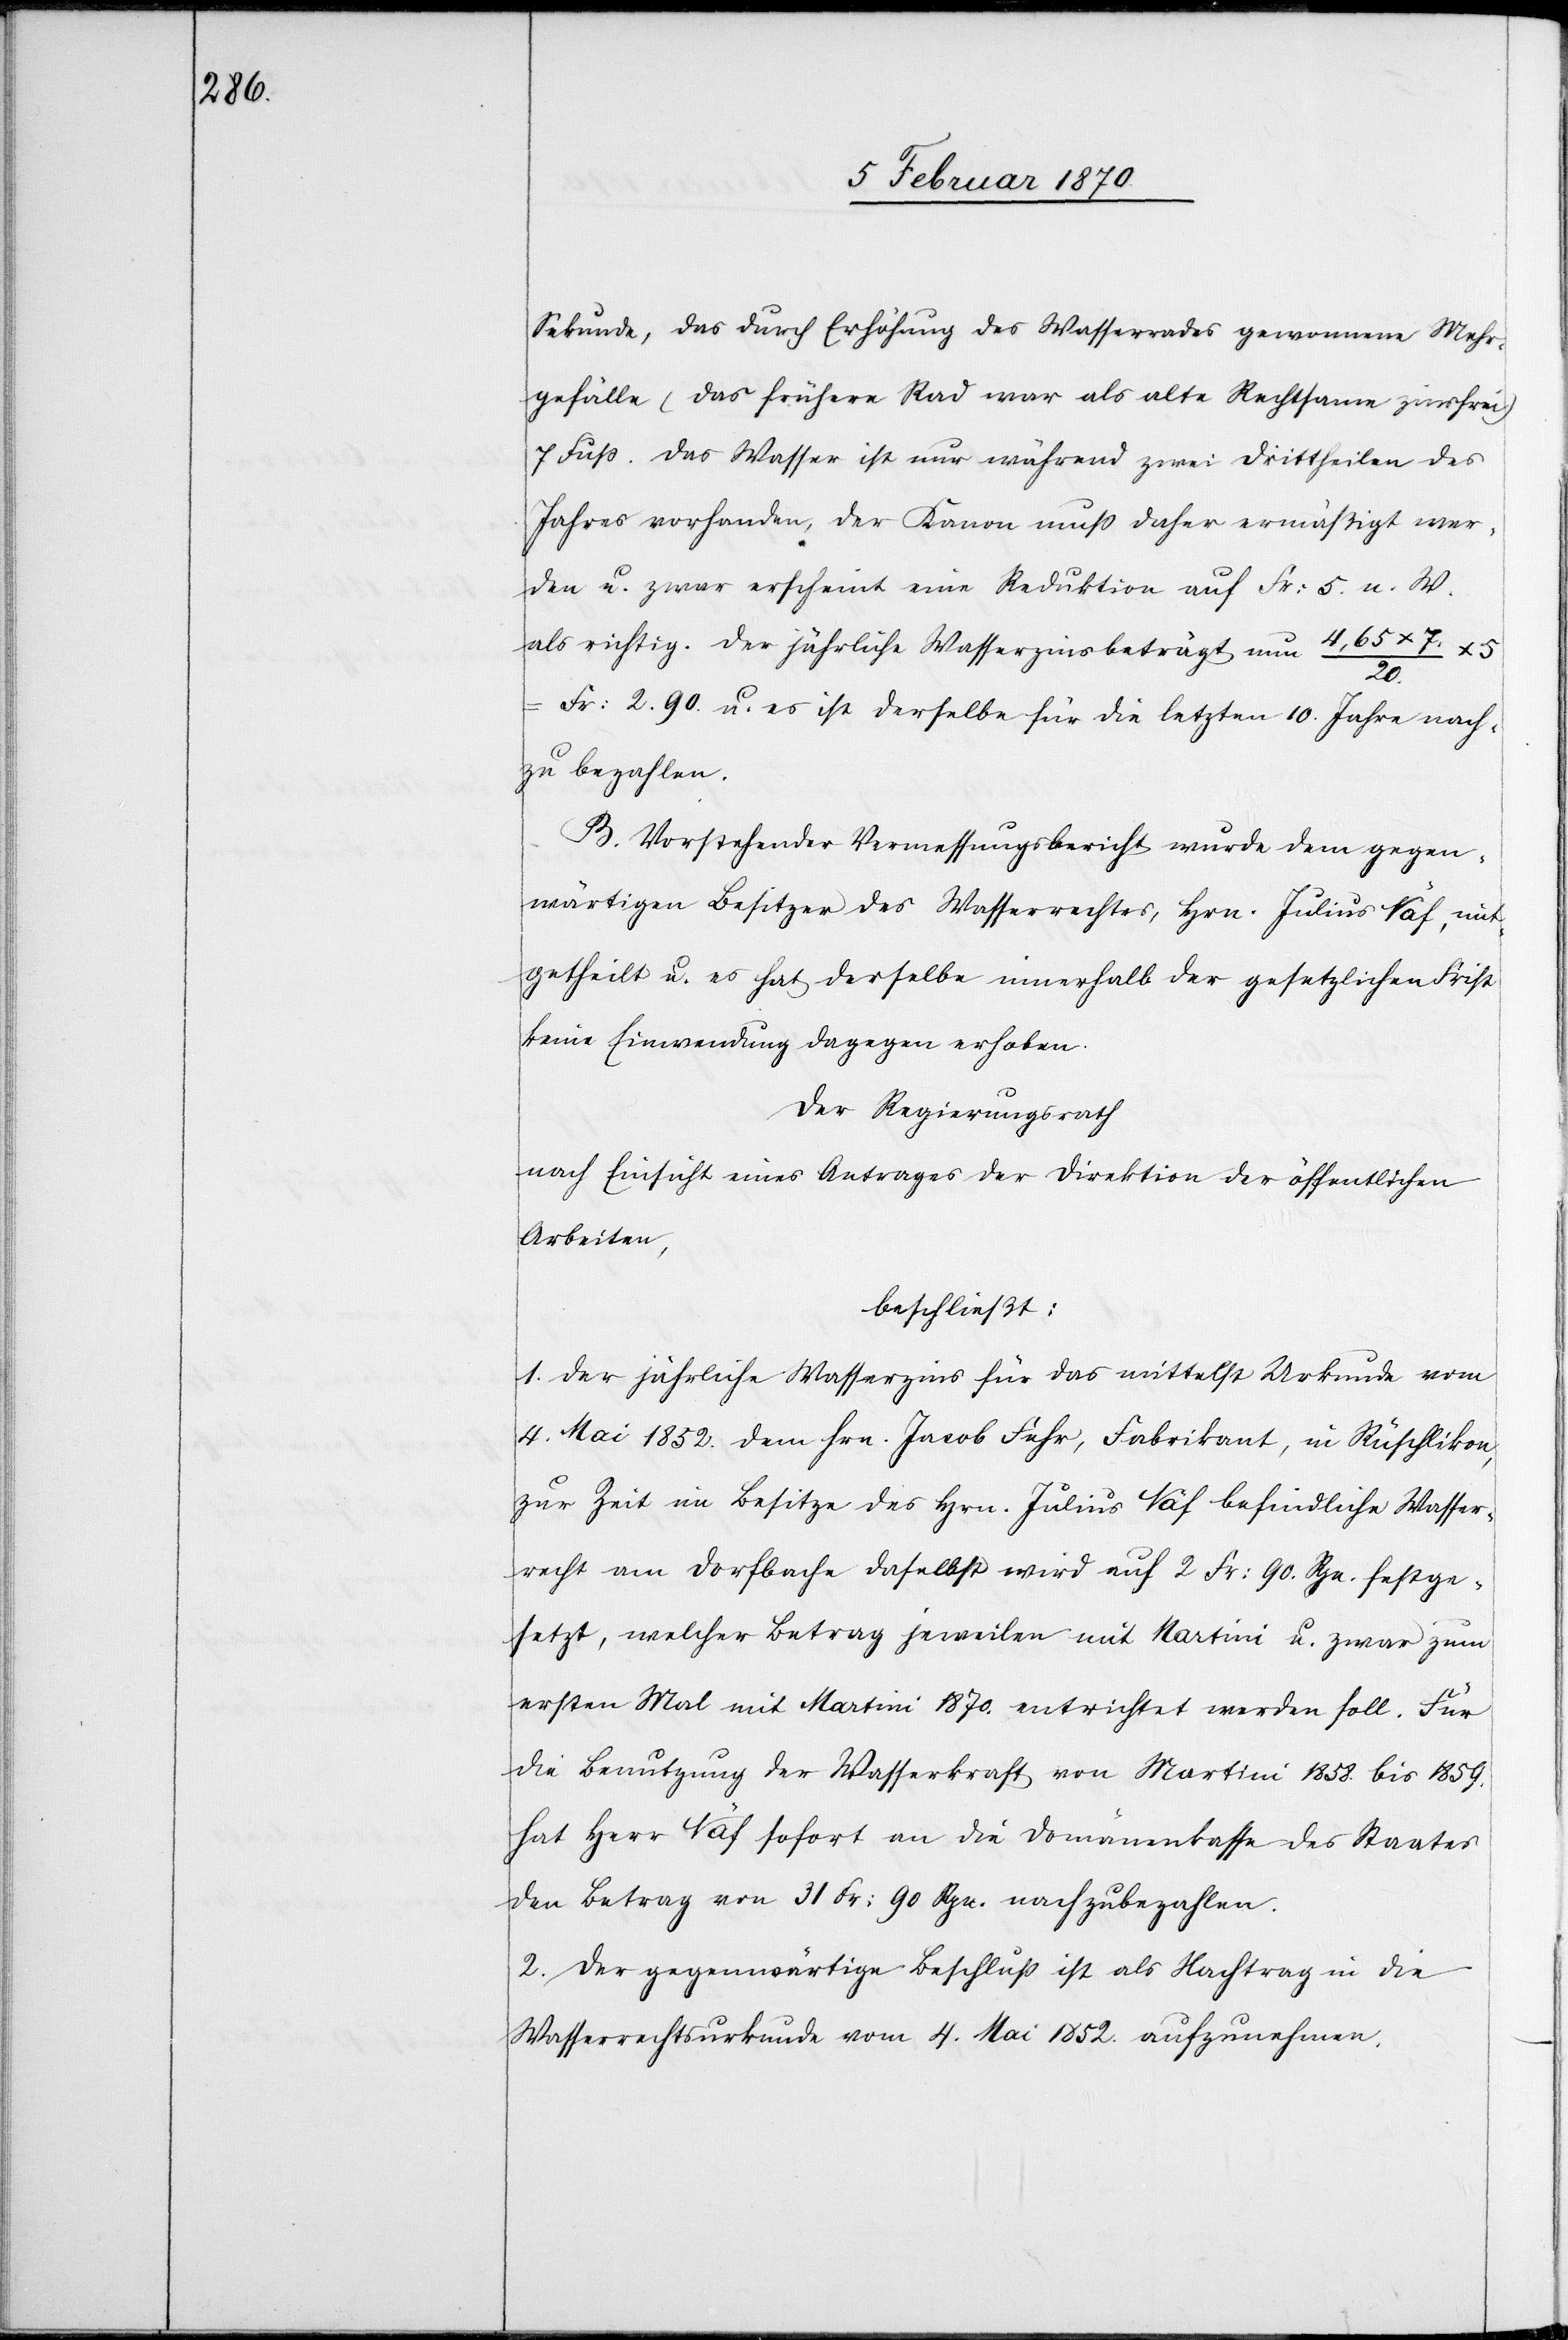
Sekunde, das durch Erhöhung des Wasserrades gewonnene Mehr¬
gefälle (das frühere Rad war als alte Rechtsame zinsfrei)
7 Fuss. Das Wasser ist nur während zwei Drittheilen des
Jahres vorhanden, der Kanon muss daher ermäßigt wer¬
den u. zwar erscheint eine Reduktion auf Fr: 5. a. W.
als richtig. Der jährliche Wasserzins beträgt nun 4,65
7. /
5
Fr. 2.90. u. es ist derselbe für die letzten 10. Jahre nach¬
zubezahlen.
B. Vorstehender Vermessungsbericht wurde dem gegen¬
wärtigen Besitzer des Wasserrechtes, Hrn. Julius Näf, mit¬
getheilt u. es hat derselbe innerhalb der gesetzlichen Frist
keine Einwendung dagegen erhoben.
Der Regierungsrath
nach Einsicht eines Antrages der Direktion der öffentlichen
Arbeiten
beschließt:
1. Der jährliche Wasserzins für das mittelst Urkunde vom
4. Mai 1852. dem Hrn. Jacob Fehr, Fabrikant, in Rüschlikon,
zur Zeit im Besitze des Hrn. Julius Näf befindliche Wasser¬
recht am Dorfbach daselbst wird auf 2 Fr: 90. Rpn. festge¬
setzt, welcher Betrag jeweilen mit Martini u. zwar zum
ersten Mal mit Martini 1870. entrichtet werden soll. Für
die Benutzung der Wasserkraft von Martini 1858. bis 1859.
hat Herr Näf sofort an die Domänenkasse des Staates
den Betrag von 31 Fr: 90 Rpn. nachzubezahlen.
2. Der gegenwärtige Beschluß ist als Nachtrag in die
Wasserrechtsurkunde vom 4. Mai 1852. aufzunehmen.